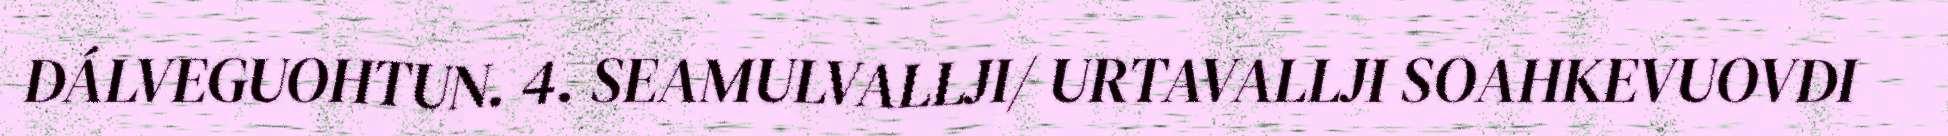
DÁLVEGUOHTUN. 4. SEAMULVALLJI/ URTAVALLJI SOAHKEVUOVDI